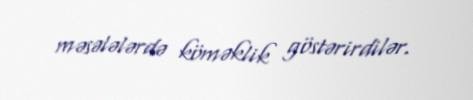
məsələlərdə köməklik göstərirdilər.